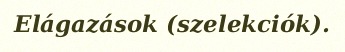
Elágazások (szelekciók).